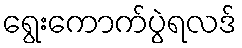
ရွေးကောက်ပွဲရလဒ်